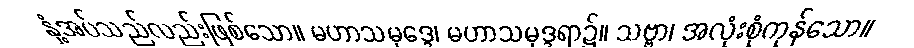
နှံ့အပ်သည်လည်းဖြစ်သော။ မဟာသမုဒ္ဒေ၊ မဟာသမုဒ္ဒရာ၌။ သဗ္ဗာ၊ အလုံးစုံကုန်သော။